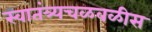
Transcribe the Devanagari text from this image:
स्वातंत्र्यचळवळीस